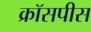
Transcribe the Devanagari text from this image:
क्रॉसपीस